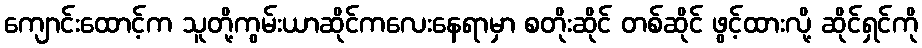
ကျောင်းထောင့်က သူတို့ကွမ်းယာဆိုင်ကလေးနေရာမှာ စတိုးဆိုင် တစ်ဆိုင် ဖွင့်ထားလို့ ဆိုင်ရှင်ကို